Civil Veterinary Department Bengal reports 1933-51 - 1933-1951
Year: 1933
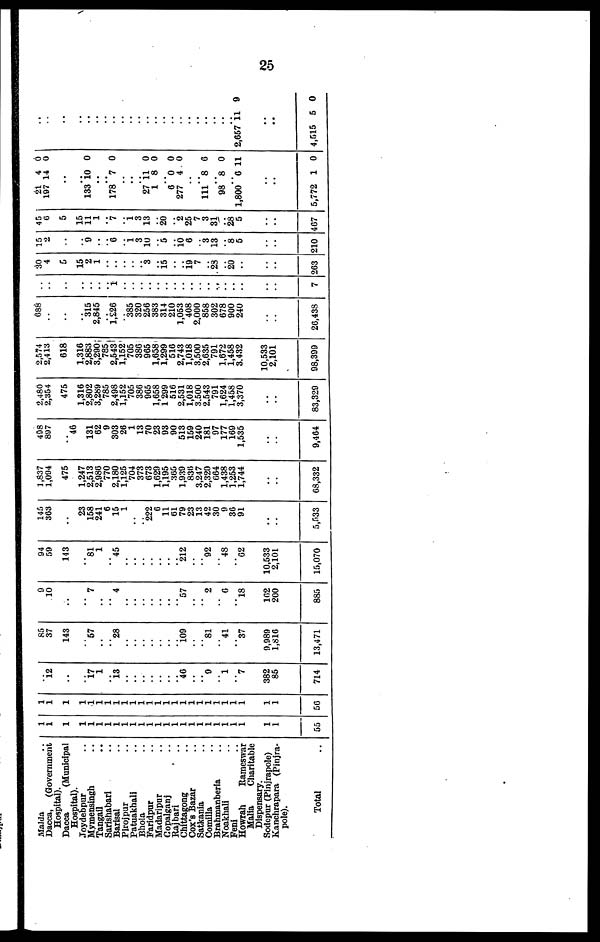
25
Malda ..
Dacca, (Government
Hospital).
Dacca (Municipal
Hospital).
Joydebpur ..
Mymensingh ..
Tangail ..
Sarishabari ..
Barisal ..
Pirojpur ..
Patnakhali ..
Bhola ..
Faridpur ..
Madaripur ..
Copalganj ..
Rajbari ..
Chittagong ..
Cox's Bazar ..
Satkania ..
Comilla
..
Brahmanberla ..
Noakhali ..
Feni ..
Howrah
Rameswar
Malia Charitable
Dispensary.
Sodepur (Pinjrapole)
Kanchrapara (Pinjra-
pole).
Total ..
1
1
1
1
1
1
1
1 1
1
1
1
1
1
1
1 1
1
1
1
1
1
1
1
1
55
1
1
1
1
1
1
1
1 1
1
1
1
1
1
1
1 1
1
1
1
1
1
1
1
1
50
..
12
..
..
17 1
..
13
..
..
..
..
..
..
..
40
..
.. 9
..
1
7
382
86
714
85
37
143
..
57
..
..
28
..
..
..
..
..
..
..
109
..
..
81
..
41
37
9,989
1,810
13,471
9
10
..
..
7
..
..
4
..
..
..
..
..
..
..
057
..
..
2
..
6
18
102
200
885
94
59
143
..
81 1
..
45
..
..
..
..
..
..
..
212
..
..
92
..
48
62
10,533
2,101
15,070
145
363
..
23
158
241
6
15
1
..
.. 222
6
11
6
79
23
13
42
30
9
30
91
..
..
5,533
1,837
1,094
475
1,247
2,513
2,980
770
2,180
1,125
704
373
073
1,029
1,195
365
1,939
830
3,247
2,320
664
1,438
1,253
1,744
..
..
68,332
408
807
..
40
131
62
9
303
26
1
13
70
23
9
90
513
159
240
181
97
177
169
1,535
..
..
9,404
2,480
2,354
475
1,316
2,802
3,289
785
2,498
1,152
705
380
965
1,658
1 299
516
2,531
1,018
3.500
2.543
791
1,624
1,458
3,370
..
..
83,329
2,574
2,413
618
1,316
2,883
3,290
785
2,543
1,152
705
386
965
1,658
1,299
516
2,743
1,018
3,500
2,635
791
1,672
1,458
3,432
10,533
2,101
98,399
688
..
..
..
315
2,845
..
1,226
385
320
256
383
314
210
1,053
408
2.000
858
302
678
900
240
..
..
26,438
..
..
..
..
..
..
..
1
..
..
..
..
..
..
..
.. ..
..
..
..
..
..
..
..
7
30
4
5
15
2
1
..
.. ..
..
3
.. 15
..
..
19 7
.. 28
.. 20
..
..
..
263
15
2
..
..
9
..
..
6
.. 1
3
10
.. 5
..
10
6
.. 3
13
.. 8
6
..
..
210
45
6
5
15
11
1
..
7
.. 1
3
13
.. 20
..
2
25
7
3
31
.. 28
5
..
..
467
21 4 0
197 14 0
..
..
133 10 0
..
..
178 7 0
..
..
.. 27 11 0
1 8 0
..
6 0 0
277 4 0
..
.. 111 8 0
.. 98 8 0
.. 1,800 6 11
..
..
5,772 1 0
..
..
..
..
..
..
.. ..
..
..
..
..
..
..
.. ..
..
..
..
..
..
2,657 11 9
..
..
4,515 6 0